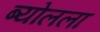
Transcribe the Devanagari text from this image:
ब्योलला